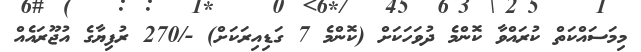
މިމަސައްކަތް ކުރައްވާ ކޮންމެ ދުވަހަކަށް (ކޮންމެ 7 ގަޑިއިރަކަށް) -/270 ރުފިޔާގެ އުޖޫރައެއް